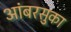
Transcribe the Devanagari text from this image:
आंबरसुका